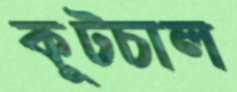
কূটচাল